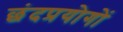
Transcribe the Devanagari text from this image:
छंदप्रयोगों